Vaccination in Bombay 1913-1923 - 1913-1923
Year: 1913
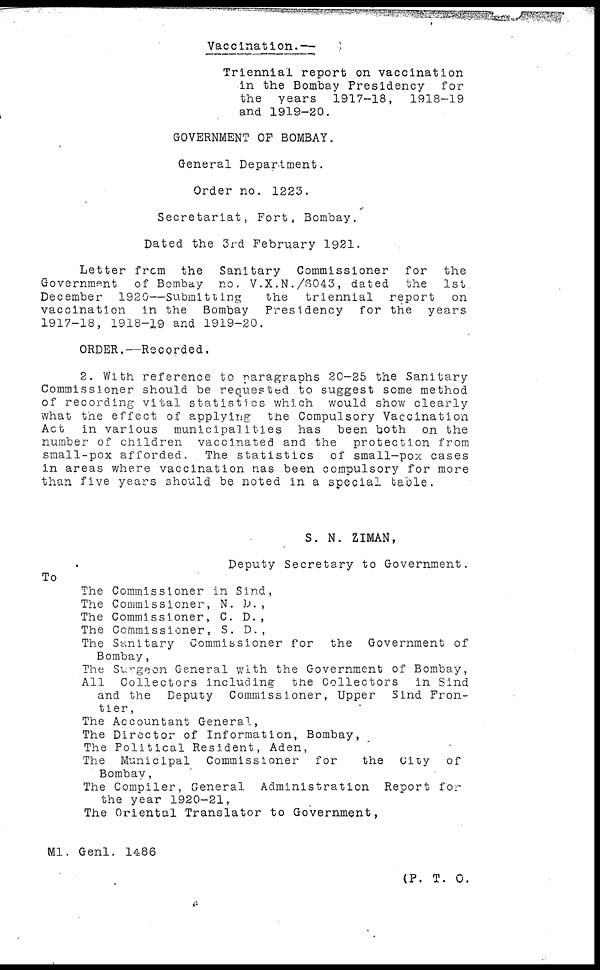
Vaccination.—
Triennial report on vaccination
in the Bombay Presidency
for
the years 1917-18,
1918-19
and 1919-20.
GOVERNMENT OF BOMBAY.
General Department.
Order no. 1223.
Secretariat, Fort, Bombay.
Dated the 3rd February 1921.
Letter from the Sanitary Commissioner for
the
Government of Bombay no. V.X.N./6043, dated the
1st
December 1920—Submitting
the triennial report
on
vaccination in the Bombay Presidency for the years
1917-18, 1918-19 and 1919-20,
ORDER.—Recorded.
2. With reference to paragraphs 20-25 the Sanitary
Commissioner should be requested to suggest some method
of recording vital statistics which would show clearly
what the effect of applying the Compulsory Vaccination
Act in various municipalities has been both on the
number of children vaccinated and the protection from
small-pox afforded.
The statistics
of small-pox cases
in areas where vaccination has been compulsory for more
than five years should be noted in a special table.
S. N. ZIMAN,
Deputy Secretary to Government.
To
The Commissioner in Sind,
The Commissioner, N. D. ,
The Commissioner, C. D.,
The Commissioner, S. D.,
The Sanitary Commissioner for the Government of
Bombay,
The Surgeon General with the Government of Bombay,
All Collectors including the Collectors
in Sind
and the Deputy Commissioner, Upper Sind Fron-
tier,
The Accountant General,
The Director of Information, Bombay,
The Political Resident, Aden,
The Municipal Commissioner for
the City of
Bombay,
The Compiler, General Administration Report for
the year 1920-21,
The Oriental Translator to Government,
M1. Genl. 1486
(P. T. O.